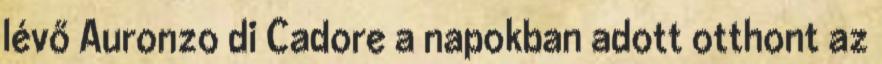
lévő Auronzo di Cadore a napokban adott otthont az